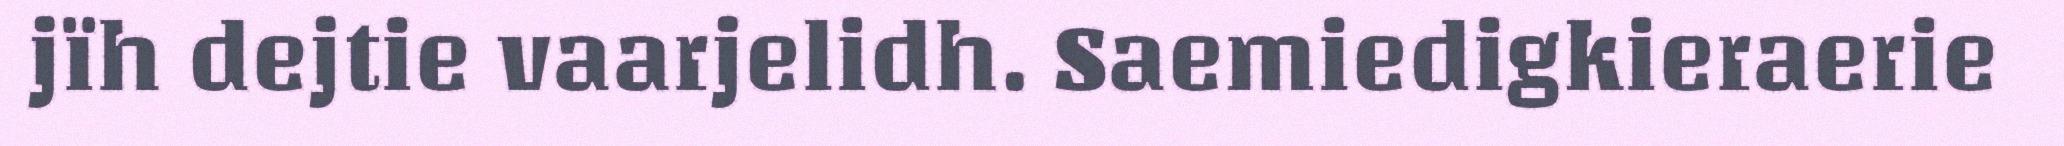
jïh dejtie vaarjelidh. Saemiedigkieraerie